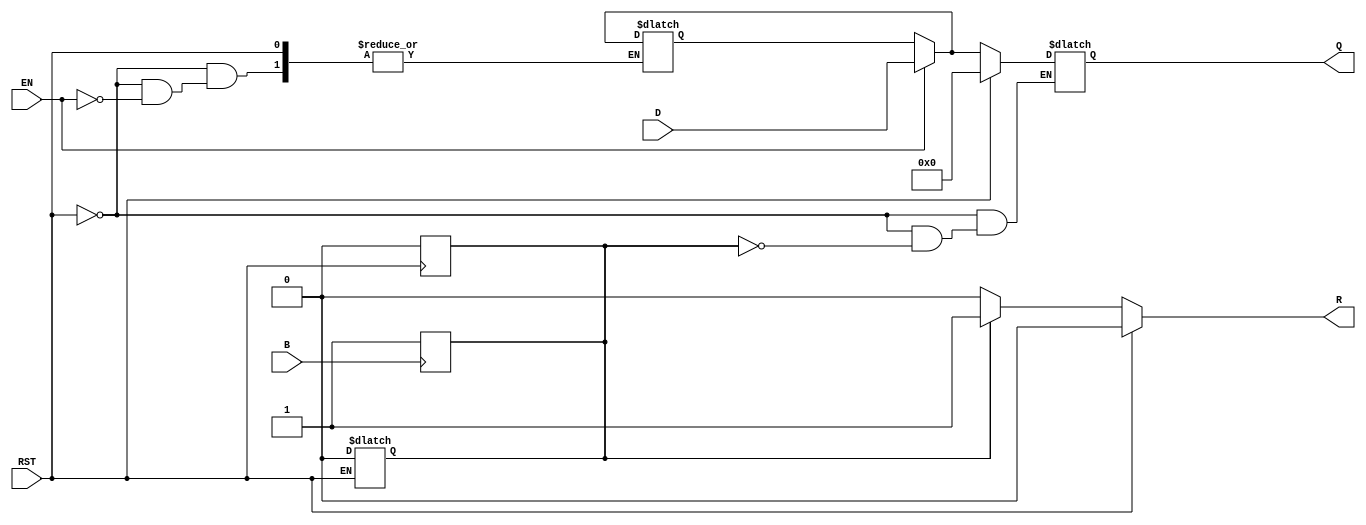
module barrier_register #(
    parameter N = 8  // Number of data inputs/outputs
)(
    input  wire [N-1:0] D,      // Data inputs
    input  wire EN,              // Enable signal
    input  wire B,               // Barrier signal
    input  wire RST,             // Asynchronous reset
    output reg  [N-1:0] Q,       // Data outputs
    output reg  R                // Ready signal
);

    reg [N-1:0] data_storage;     // Internal storage for data
    reg barrier_reached;           // Internal flag for barrier condition

    // Asynchronous reset
    always @* begin
        if (RST) begin
            Q = {N{1'b0}};         // Clear outputs
            R = 1'b0;             // Not ready
            barrier_reached = 1'b0; // Reset barrier flag
        end
        else begin
            if (EN) begin
                data_storage = D;  // Latch data inputs
            end
            
            if (barrier_reached) begin
                Q = data_storage;  // Release data to outputs
                R = 1'b1;          // Indicate ready
            end
            else begin
                R = 1'b0;          // Not ready until barrier is reached
            end
        end
    end

    // Barrier logic
    always @(posedge B) begin
        barrier_reached <= 1'b1;    // Set barrier reached when B is asserted
    end

    // Reset barrier when reset is active
    always @(posedge RST) begin
        barrier_reached <= 1'b0;     // Reset barrier flag
    end

endmodule